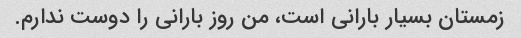
زمستان بسیار بارانی است، من روز بارانی را دوست ندارم.